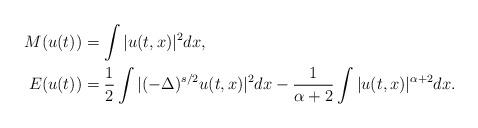
LaTeX: \begin{align*}M(u(t)) &= \int |u(t,x)|^2 dx, \\E(u(t)) &= \frac{1}{2} \int |(-\Delta)^{s/2} u(t,x)|^2 dx -\frac{1}{\alpha+2} \int |u(t,x)|^{\alpha+2}dx.\end{align*}